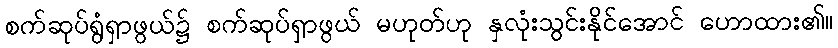
စက်ဆုပ်ရွံရှာဖွယ်၌ စက်ဆုပ်ရှာဖွယ် မဟုတ်ဟု နှလုံးသွင်းနိုင်အောင် ဟောထား၏။